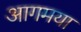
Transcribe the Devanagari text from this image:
आगमया